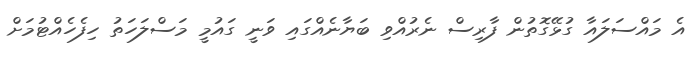
އެ މައްސަލައާ ގުޅޭގޮތުން ފާރިސް ނެރުއްވި ބަޔާނެއްގައި ވަނީ ގައުމީ މަސްލަހަތު ހިފެހެއްޓުމަށް